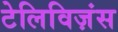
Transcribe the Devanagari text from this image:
टेलिविज़ंस